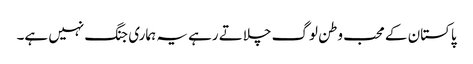
پاکستان کے محب وطن لوگ چلاتے رہے یہ ہماری جنگ نہیں ہے۔